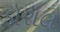
ડોરાલ